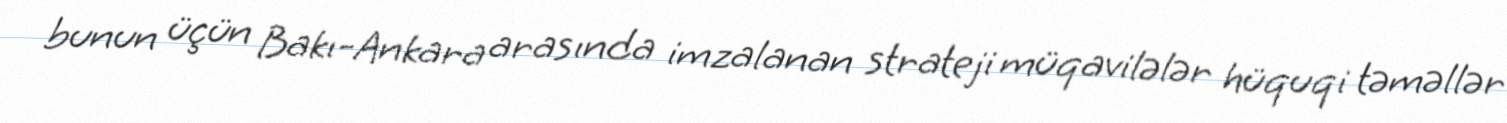
bunun üçün Bakı-Ankara arasında imzalanan strateji müqavilələr hüquqi təməllər